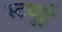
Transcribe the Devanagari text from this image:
स्ट्युई